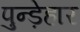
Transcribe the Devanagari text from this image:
पुन्ड़ेहार